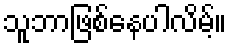
သူဘာဖြစ်နေပါလိမ့်။